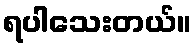
ရပါသေးတယ်။